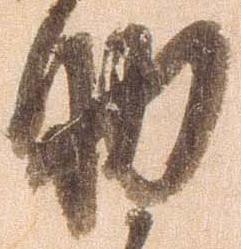
助